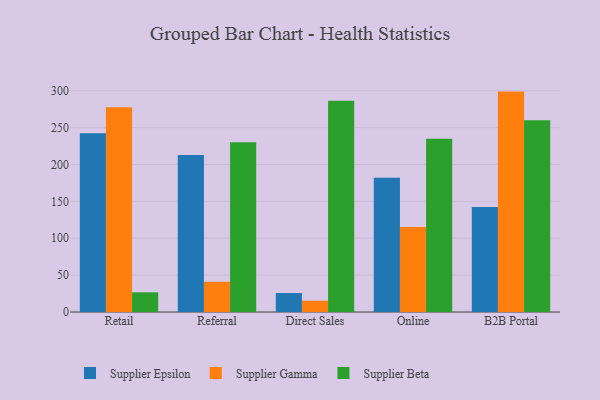
{"axis": {"x": "Channel", "y": "Shipments"}, "legend": ["Supplier Beta", "Supplier Epsilon", "Supplier Gamma"], "data": [{"x": "Retail", "y": 242.2, "type": "Supplier Epsilon"}, {"x": "Retail", "y": 277.7, "type": "Supplier Gamma"}, {"x": "Retail", "y": 26.7, "type": "Supplier Beta"}, {"x": "Referral", "y": 213.0, "type": "Supplier Epsilon"}, {"x": "Referral", "y": 41.0, "type": "Supplier Gamma"}, {"x": "Referral", "y": 230.0, "type": "Supplier Beta"}, {"x": "Direct Sales", "y": 25.7, "type": "Supplier Epsilon"}, {"x": "Direct Sales", "y": 15.3, "type": "Supplier Gamma"}, {"x": "Direct Sales", "y": 286.4, "type": "Supplier Beta"}, {"x": "Online", "y": 182.0, "type": "Supplier Epsilon"}, {"x": "Online", "y": 115.2, "type": "Supplier Gamma"}, {"x": "Online", "y": 234.8, "type": "Supplier Beta"}, {"x": "B2B Portal", "y": 142.2, "type": "Supplier Epsilon"}, {"x": "B2B Portal", "y": 298.8, "type": "Supplier Gamma"}, {"x": "B2B Portal", "y": 259.9, "type": "Supplier Beta"}]}